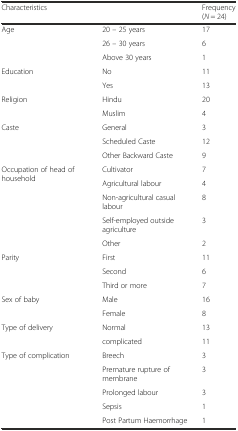
<table><thead><tr><td colspan="2"><b>Characteristics</b></td><td><b>Frequency (<i>N</i> = 24)</b></td></tr></thead><tbody><tr><td rowspan="3">Age</td><td>20 – 25 years</td><td>17</td></tr><tr><td>26 – 30 years</td><td>6</td></tr><tr><td>Above 30 years</td><td>1</td></tr><tr><td rowspan="2">Education</td><td>No</td><td>11</td></tr><tr><td>Yes</td><td>13</td></tr><tr><td rowspan="2">Religion</td><td>Hindu</td><td>20</td></tr><tr><td>Muslim</td><td>4</td></tr><tr><td rowspan="3">Caste</td><td>General</td><td>3</td></tr><tr><td>Scheduled Caste</td><td>12</td></tr><tr><td>Other Backward Caste</td><td>9</td></tr><tr><td rowspan="5">Occupation of head of household</td><td>Cultivator</td><td>7</td></tr><tr><td>Agricultural labour</td><td>4</td></tr><tr><td>Non-agricultural casual labour</td><td>8</td></tr><tr><td>Self-employed outside agriculture</td><td>3</td></tr><tr><td>Other</td><td>2</td></tr><tr><td rowspan="3">Parity</td><td>First</td><td>11</td></tr><tr><td>Second</td><td>6</td></tr><tr><td>Third or more</td><td>7</td></tr><tr><td rowspan="2">Sex of baby</td><td>Male</td><td>16</td></tr><tr><td>Female</td><td>8</td></tr><tr><td rowspan="2">Type of delivery</td><td>Normal</td><td>13</td></tr><tr><td>complicated</td><td>11</td></tr><tr><td rowspan="5">Type of complication</td><td>Breech</td><td>3</td></tr><tr><td>Premature rupture of membrane</td><td>3</td></tr><tr><td>Prolonged labour</td><td>3</td></tr><tr><td>Sepsis</td><td>1</td></tr><tr><td>Post Partum Haemorrhage</td><td>1</td></tr></tbody></table>